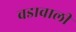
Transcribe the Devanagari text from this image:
वडावाली